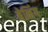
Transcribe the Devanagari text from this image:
बेनिंग